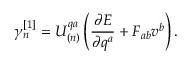
\gamma _ { n } ^ { \left[ 1 \right] } = U _ { \left( n \right) } ^ { q a } \left( \frac { \partial E } { \partial q ^ { a } } + F _ { a b } v ^ { b } \right) .